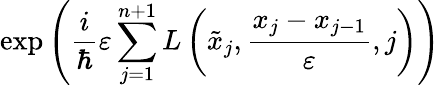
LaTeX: \exp\left({\frac{i}{\hbar}}\varepsilon\sum_{j=1}^{n+1}L\left({\tilde{x}}_{j},{\frac{x_{j}-x_{j-1}}{\varepsilon}},j\right)\right)